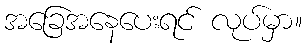
အခြေအနေပေးရင် လုပ်မှာ။